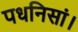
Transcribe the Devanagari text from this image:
पधनिसां।